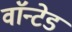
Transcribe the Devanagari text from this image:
वाॅन्टेड